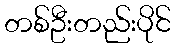
တစ်ဦးတည်းပိုင်